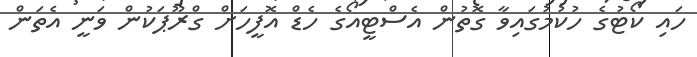
ހައި ކޯޓުގެ ހުކުމުގައިވާ ގޮތުން އެސްޓީއޯގެ ހެޑް އޮފީހަށް ގްރޫޕަކުން ވަނީ އެތަން